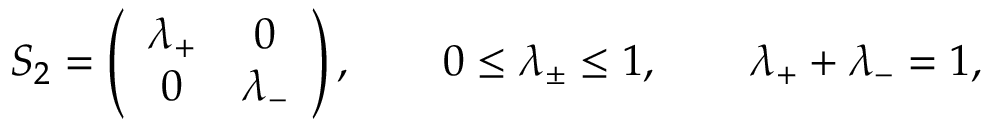
S _ { 2 } = \left( \begin{array} { c c } { { \lambda _ { + } } } & { { 0 } } \\ { { 0 } } & { { \lambda _ { - } } } \end{array} \right) , \qquad 0 \le \lambda _ { \pm } \le 1 , \qquad \lambda _ { + } + \lambda _ { - } = 1 ,